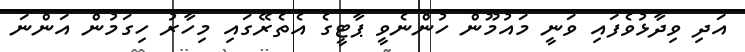
އަދި ވިދާޅުވެފައި ވަނީ މައުމޫން ހުންނެވީ ޕާޓީގެ އެތެރޭގައި މިހާރު ހިގަމުން އަންނަ